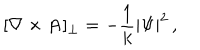
LaTeX: [ \nabla \times { \bf A } ] _ { \perp } = - { \frac { 1 } { k } } | \Psi | ^ { 2 } \, ,